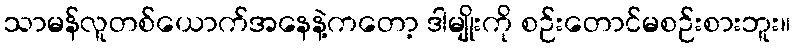
သာမန်လူတစ်ယောက်အနေနဲ့ကတော့ ဒါမျိုးကို စဉ်းတောင်မစဉ်းစားဘူး။